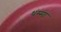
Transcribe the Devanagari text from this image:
धंम्मा